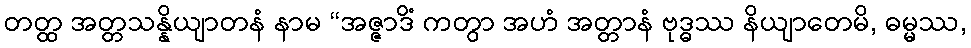
တတ္ထ အတ္တသန္နိယျာတနံ နာမ “အဇ္ဇာဒိံ ကတွာ အဟံ အတ္တာနံ ဗုဒ္ဓဿ နိယျာတေမိ, ဓမ္မဿ,